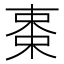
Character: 𬃅